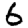
Digit: 6